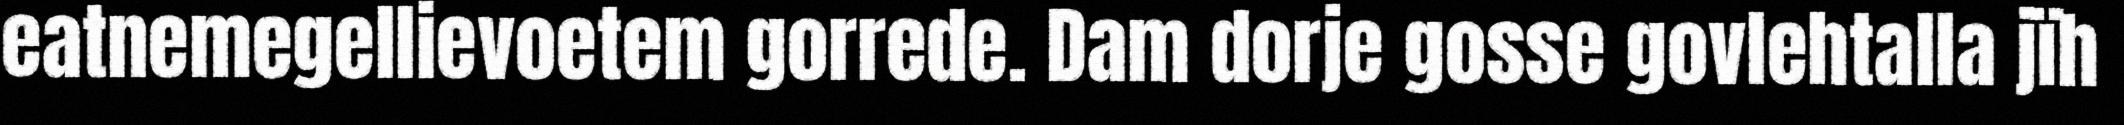
eatnemegellievoetem gorrede. Dam dorje gosse govlehtalla jïh